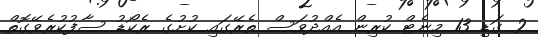
2 ގަޑި 13 މިނެޓް ކުރިން އެއްދުވަސް ތެރޭގައި ކުށުގެ ރެކޯޑު ސާފުކުރެވޭގޮތް